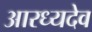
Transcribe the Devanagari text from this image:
आरध्यदेव